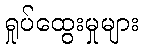
ရှုပ်ထွေးမှုများ